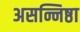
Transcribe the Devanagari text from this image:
असन्निष्ठा